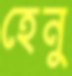
হেনু